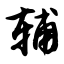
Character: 辅